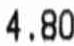
4.80